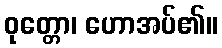
ဝုတ္တော၊ ဟောအပ်၏။